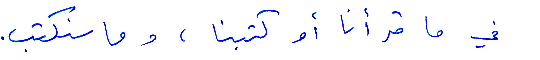
في ما قرأنا او كتابنا، وما سنكتب.